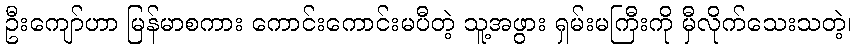
ဦးကျော်ဟာ မြန်မာစကား ကောင်းကောင်းမပီတဲ့ သူ့အဖွား ရှမ်းမကြီးကို မှီလိုက်သေးသတဲ့၊